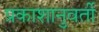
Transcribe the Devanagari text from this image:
प्रकाशानुवर्ती